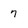
Character: 7